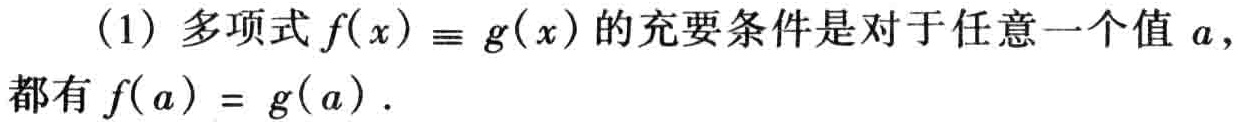
（1）多项式\(f(x)\equiv g(x)\)的充要条件是对于任意一个值 \(a\)，都有 \(f(a)=g(a)\) .